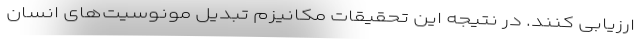
ارزیابی کنند. در نتیجه این تحقیقات مکانیزم تبدیل مونوسیت‌های انسان